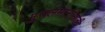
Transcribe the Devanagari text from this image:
मुसलमानांसाठी